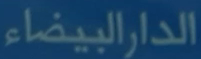
الدارالبيضاء